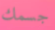
جسمك